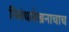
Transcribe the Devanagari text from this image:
निबंधलेखनाचाच